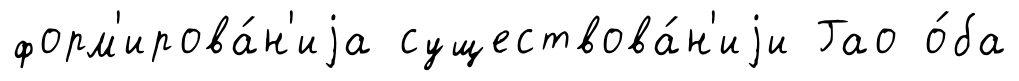
форм'ирова́н'иjа существова́н'иjи Гао о́ба